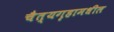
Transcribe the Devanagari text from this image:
चैत्यगृहामधील